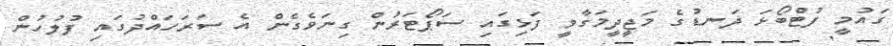
ގައުމީ ފުޓްބޯޅަ ދަނޑުގެ މަޖީދީމަގާވީ ފަޅިގައި ސަޕޯޓަރުން ގިނަވެގެން އެ ސަރަހައްދުގައި ފުލުހުން